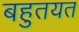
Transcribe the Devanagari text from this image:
बहुतयत